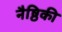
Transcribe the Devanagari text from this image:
नैष्ठिकी